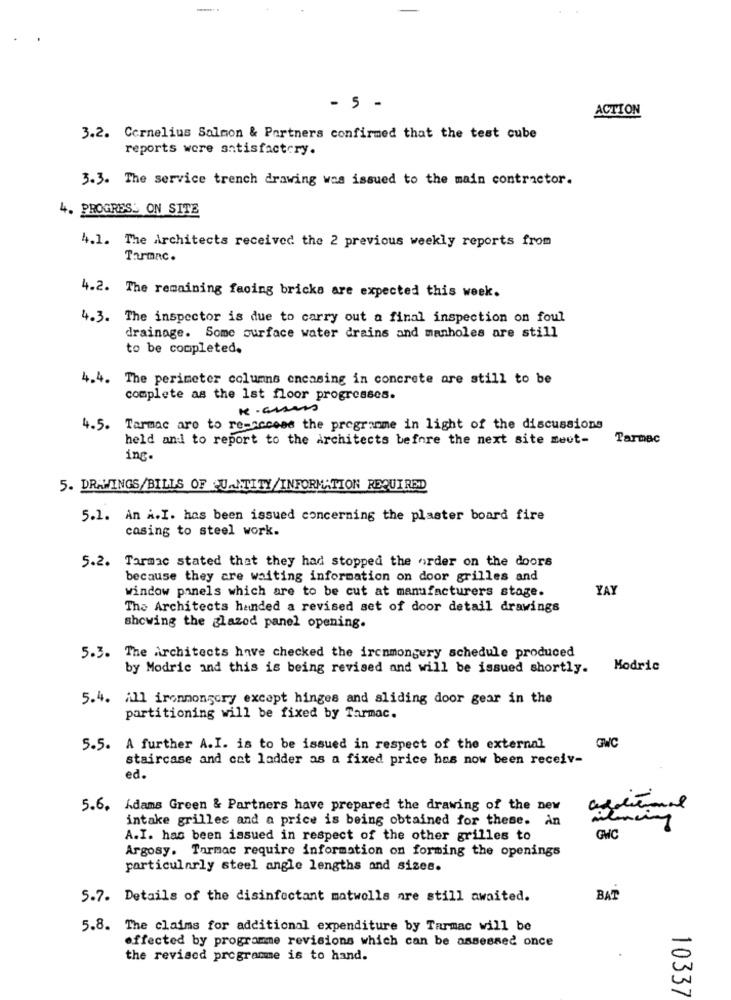
- 5 -
ACTION
3.2. Cornelius Salmon & Partners confirmed that the test cube
reports were antisfactory.
3.3. The service trench drawing was issued to the main contractor.
4. PROGRESS ON SITE
4.1. The Architects received the 2 previous weekly reports from
Tarmac.
4.2. The remaining facing bricka are expected this week.
4.3. The inspector is due to carry out a final inspection on foul
drainage. Some surface water drains and manholes are still
to be completed.
4.4. The perimeter columns encasing in concrete are still to be
complete as the 1st floor progresses.
4.5. Tarmac are to re-access the programme in light of the discussions
held and to report to the Architects before the next site meet-
Tarmac
inc.
5. DRAWINGS/BILLS OF QUANTITY/INFORMATION REQUIRED
5.1. An A.I. has been issued concerning the plaster board fire
casing to steel work.
5.2. Tarmac stated that they had stopped the order on the doors
because they are waiting information on door grilles and
window panels which are to be cut at manufacturers stage.
YAY
The Architects handed a revised set of door detail drawings
showing the glazod panel opening.
5.3. The Architects have checked the ircnmongery schedule produced
by Modric and this is being revised and will be issued shortly.
Modric
5.4. All ironmongory except hinges and sliding door gear in the
partitioning will be fixed by Tarmac.
5.5. A further A.I. is to be issued in respect of the external
GWC
staircase and cat ladder as a fixed price has now been receiv
ed.
5.6. Adams Green & Partners have prepared the drawing of the new
intake grilles and a price is being obtained for these. An
A.I. has been issued in respect of the other grilles to
GWC
Argosy. Tarmac require information on forming the openings
particularly steel angle lengths and sizes.
5.7. Details of the disinfectant matwells are still awaited.
BAT
5.8. The claims for additional expenditure by Tarmac will be
affected by programme revisions which can be assessed once
the revised programme is to hand.
10337